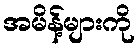
အမိန့်များကို